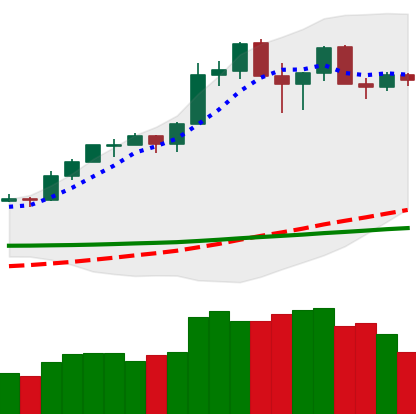
Ticker: ETH-USD
Chart end date: 2020-02-22
Forward return: -13.562%
Label: down_7plus